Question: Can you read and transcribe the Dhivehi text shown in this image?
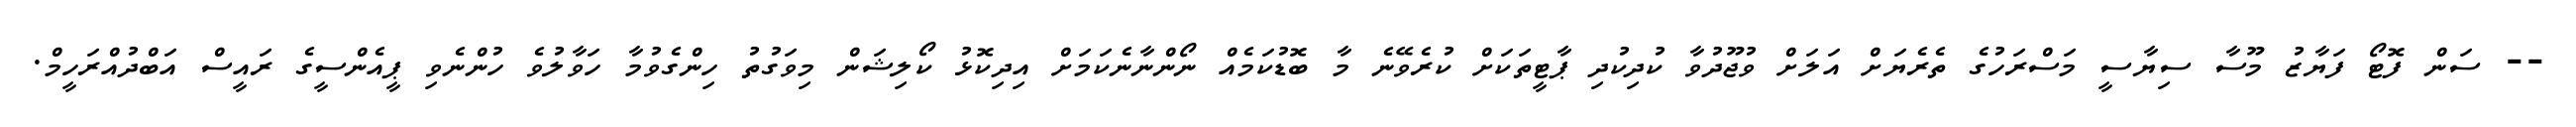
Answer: -- ސަން ފޮޓޯ ފަޔާޒު މޫސާ ސިޔާސީ މަސްރަހުގެ ތެރެޔަށް އަލަށް ވުޖޫދުވާ ކުދިކުދި ޕާޓީތަކަށް ކުރެވޭނެ މާ ބޮޑުކަމެއް ނޯންނާނެކަމަށް އިދިކޮޅު ކޯލިޝަން މިވަގުތު ހިންގެވުމާ ހަވާލުވެ ހުންނެވި ޕީއެންސީގެ ރައީސް އަބްދުއްރަހީމް.